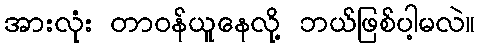
အားလုံး တာဝန်ယူနေလို့ ဘယ်ဖြစ်ပါ့မလဲ။